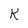
Character: K